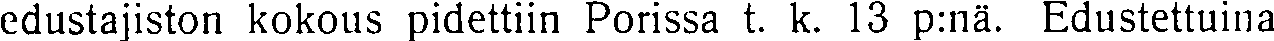
edustajiston kokous pidettiin Porissa t. k. 13 p:nä. Edustettuina